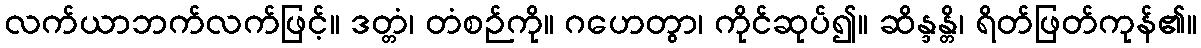
လက်ယာဘက်လက်ဖြင့်။ ဒတ္တံ၊ တံစဉ်ကို။ ဂဟေတွာ၊ ကိုင်ဆုပ်၍။ ဆိန္ဒန္တိ၊ ရိတ်ဖြတ်ကုန်၏။